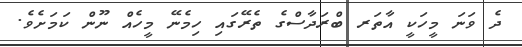
ދެ ވަނަ މީހަކީ އާތަރ ބްރަދާސްގެ ތެރޭގައި ހިމެނޭ މީހެއް ނޫން ކަމަށެވެ.